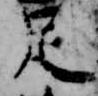
足